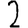
Digit: 2